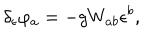
\delta _ { \epsilon } \varphi _ { a } = - g W _ { a b } \epsilon ^ { b } ,